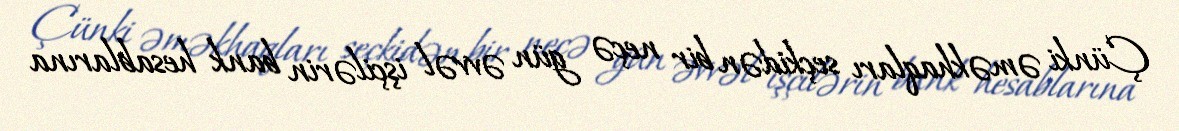
Çünki əməkhaqları seçkidən bir neçə gün əvvəl işçilərin bank hesablarına